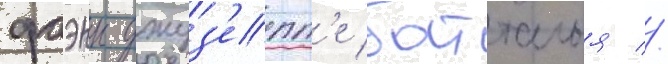
фаэнцы джуз'епп'е батталья //